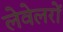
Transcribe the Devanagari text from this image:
लेवेलरों